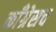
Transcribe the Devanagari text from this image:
काँग्रेसच